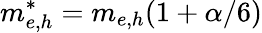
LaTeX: m_{e,h}^{*}=m_{e,h}(1+\alpha/6)